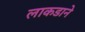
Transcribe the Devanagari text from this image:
लाकडाने